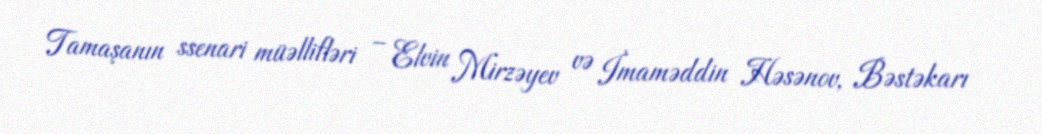
Tamaşanın ssenari müəllifləri – Elvin Mirzəyev və İmaməddin Həsənov, Bəstəkarı